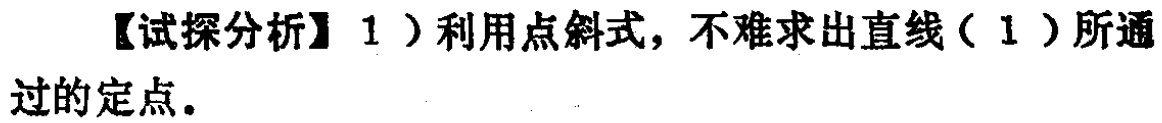
【试探分析】1）利用点斜式，不难求出直线（1）所通过的定点。